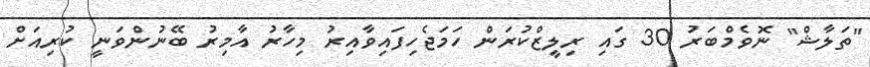
"ތަލާޝް" ނޮވެމްބަރު 30 ގައި ރިލީޒްކުރަން ހަމަޖެހިފައިވާއިރު މިހާރު އާމިރު ބޭނުންވަނީ ކުރިއަށް